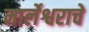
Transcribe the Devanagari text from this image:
मार्लेश्वराचे